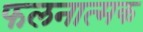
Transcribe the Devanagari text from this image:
फलनात्मक